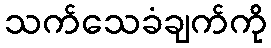
သက်သေခံချက်ကို